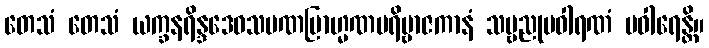
တေသံ တေသံ ယက္ခနရိန္ဒဒေဝသမဏဗြာဟ္မဏပရိဗ္ဗာဇကာနံ သဗ္ဗညုပဝါရဏံ ပဝါရေန္တိ။